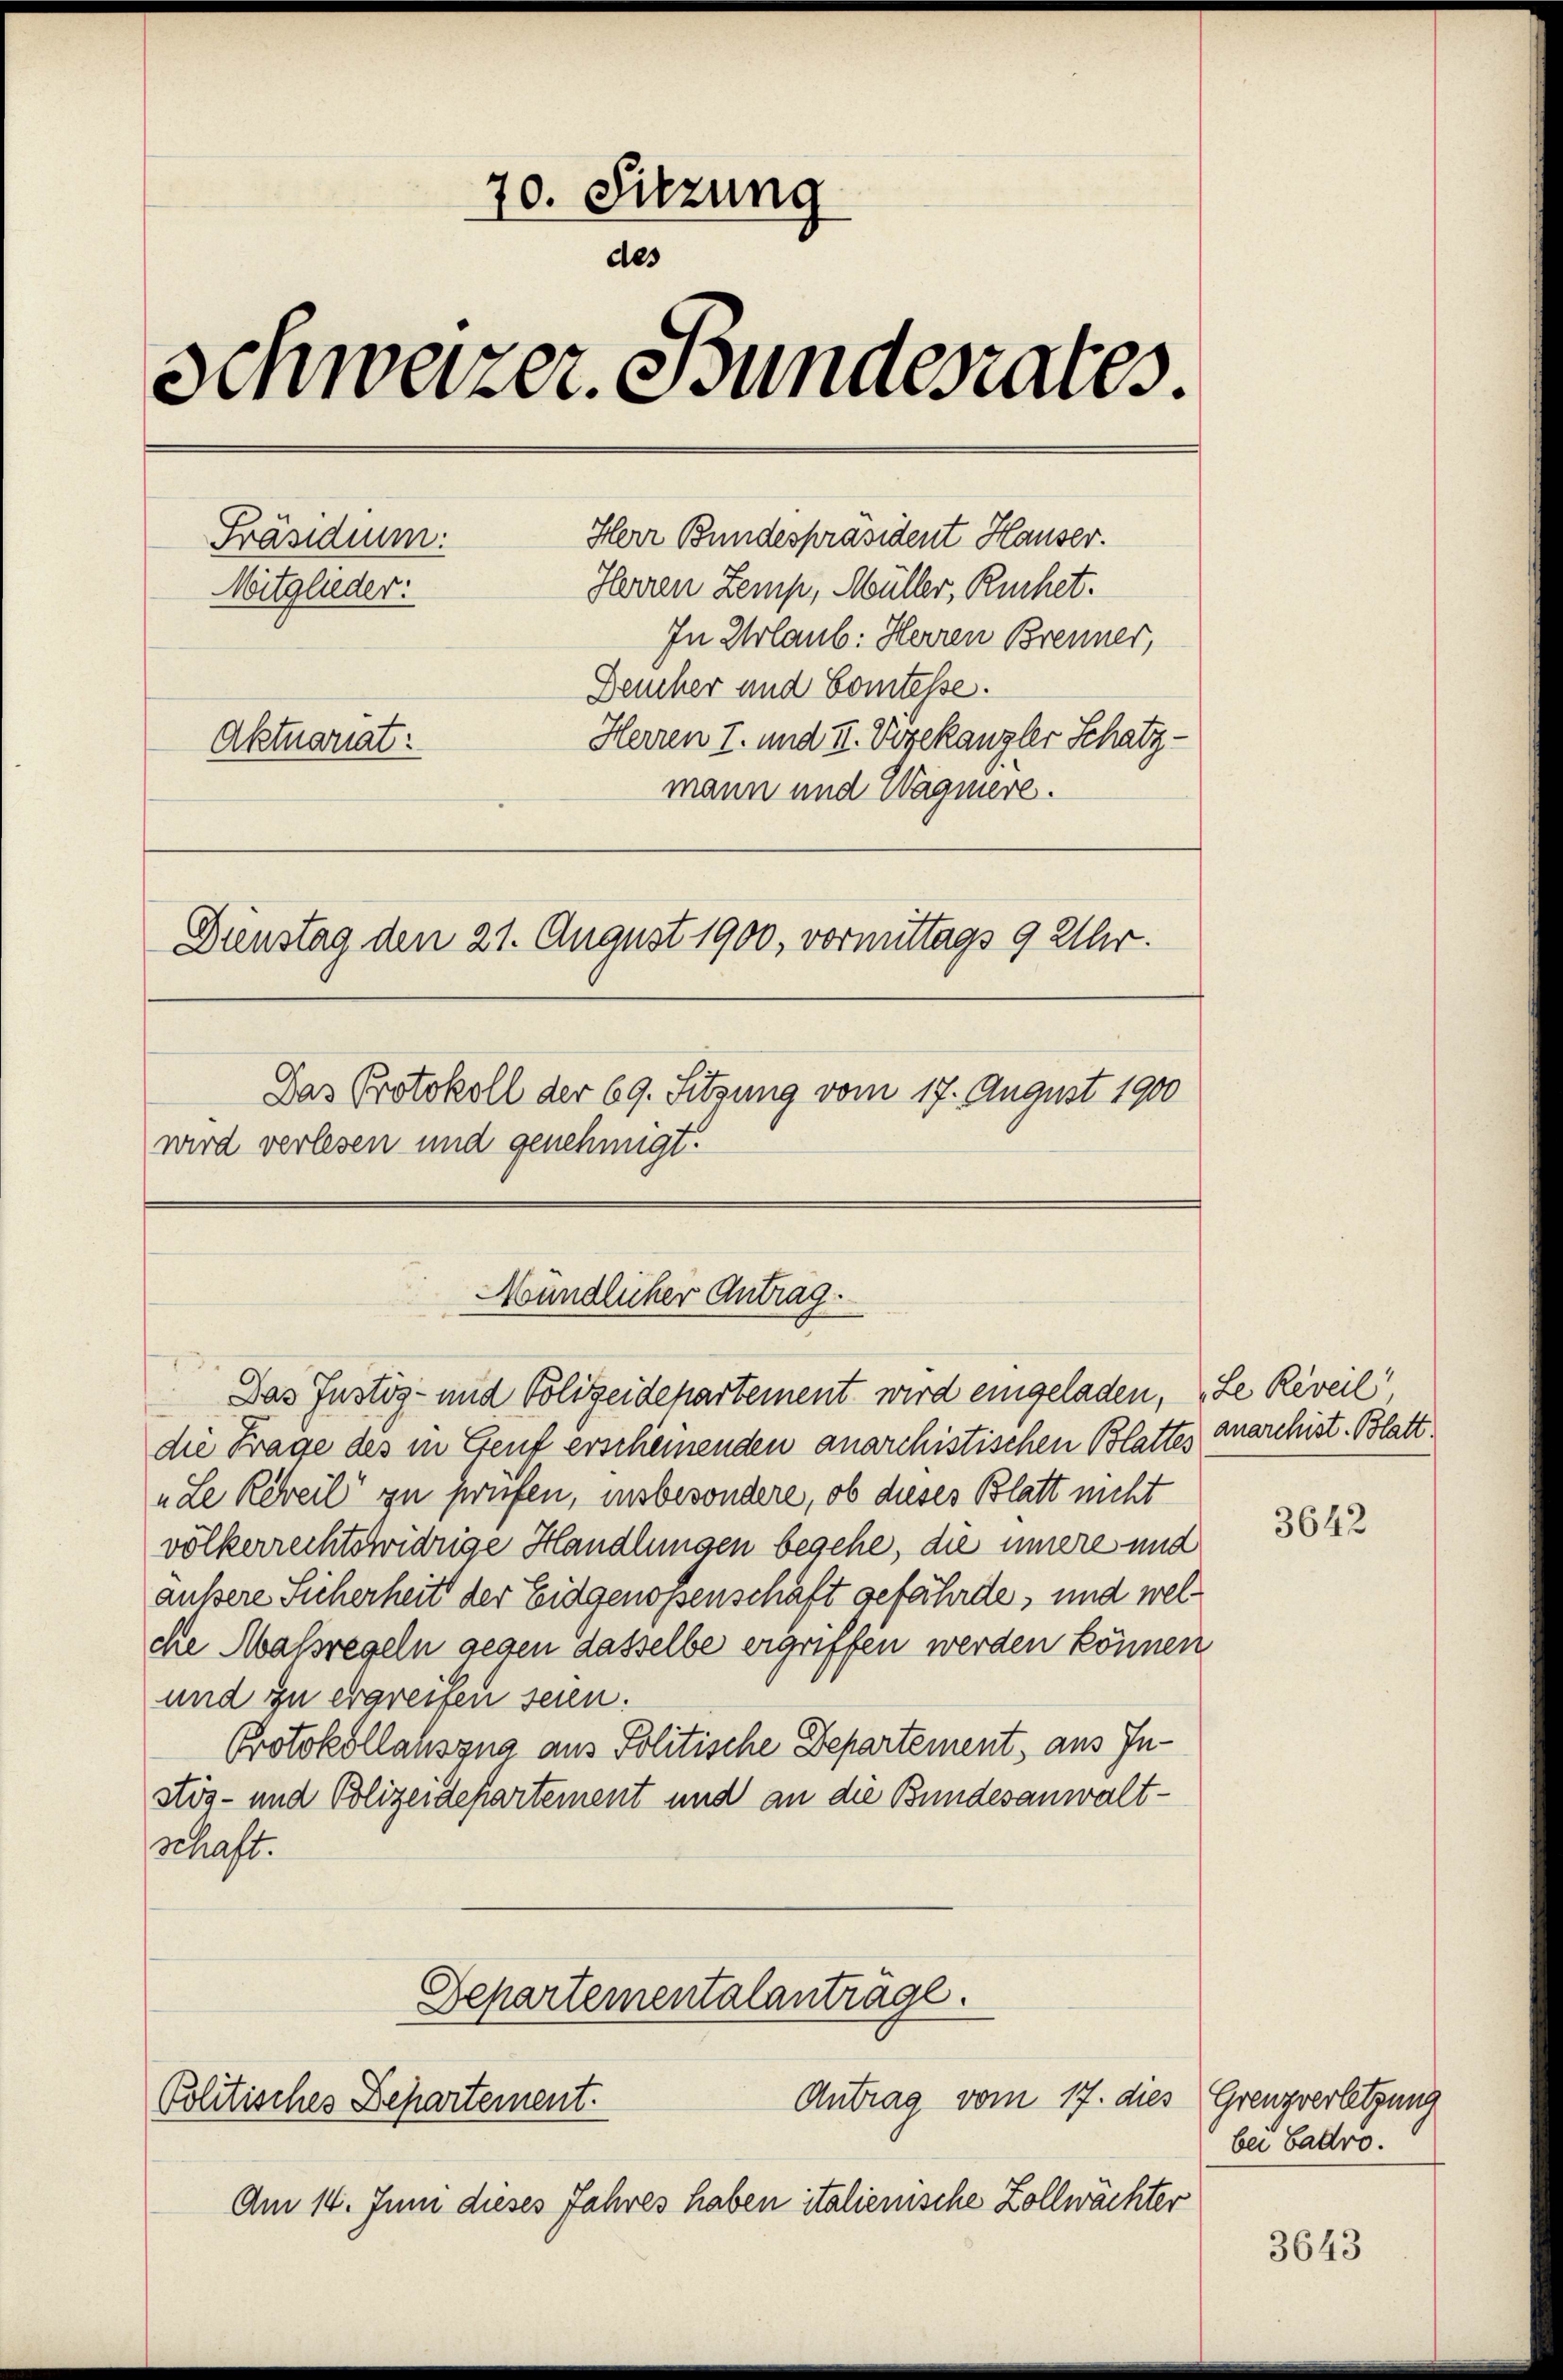
70. Sitzung
des
Schweizer. Bundesrates.
Herr Bundespräsident Hauser.
Präsidium:
Herren Zemp, Müller, Ruchet.
Mitglieder:
In Urlaub: Herren Brenner,
Deucher und Comtesse.
Herren I. und II. Vogekanzler Schatz-
Aktuariat:
mann und Wagniere.
Dienstag den 21. August 1900, vormittags 9 Uhr.
Das Protokoll der 69. Sitzung vom 17. August 1900
wird verlesen und genehmigt.

Mündlicher Antrag.

Am 14. Juni dieses Jahres haben italienische Zollwächter

Antrag vom 17. dies Grenzverletzung
Politisches Departement.

Das Justiz- und Polizeidepartement wird eingeladen, „Le Reveil,
die Frage des in Gent erscheinenden anarchistischen Blattes anarchist. Blatt
„Le Reteil zu prüfen, insbesondere, ob dieses Blatt nicht
völkerrechtswidrige Handlungen begehe, die innere und
äußere Sicherheit der Eidgenossenschaft gefährde, und welche Massregeln gegen dasselbe ergriffen werden können
und zu ergreifen seien.
Protokollauszug aus Politische Departement, aus Instös- und Polizeidepartement und an die Bundesanwaltschaft.
Departementalanträge.

3642

bei Badro.

3643